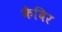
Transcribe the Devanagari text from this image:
कैबिर